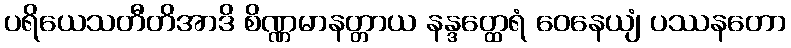
ပရိယေသတီတိအာဒိ စိဏ္ဏမာနတ္တာယ နန္ဒတ္ထေရံ ဝေနေယျံ ပဿနတော